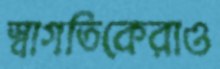
স্বাগতিকেরাও